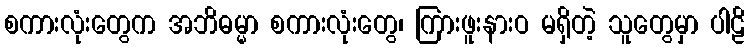
စကားလုံးတွေက အဘိဓမ္မာ စကားလုံးတွေ၊ ကြားဖူးနားဝ မရှိတဲ့ သူတွေမှာ ပါဠိ